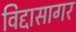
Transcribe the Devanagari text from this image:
विद्दासागर